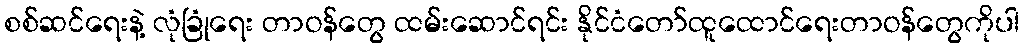
စစ်ဆင်ရေးနဲ့ လုံခြုံရေး တာဝန်တွေ ထမ်းဆောင်ရင်း နိုင်ငံတော်ထူထောင်ရေးတာဝန်တွေကိုပါ